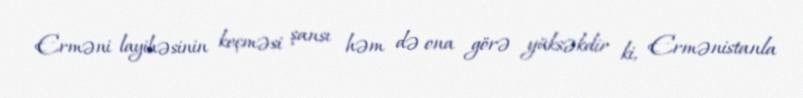
Erməni layihəsinin keçməsi şansı həm də ona görə yüksəkdir ki, Ermənistanla